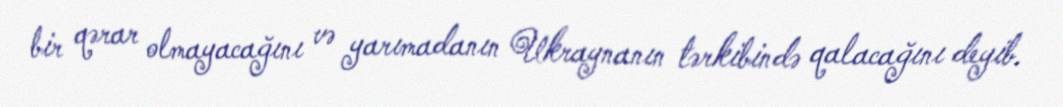
bir qərar olmayacağını və yarımadanın Ukraynanın tərkibində qalacağını deyib.